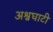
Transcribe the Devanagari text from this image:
अश्वघाटी